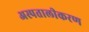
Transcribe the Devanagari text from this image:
अस्पतालीकरण